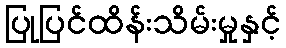
ပြုပြင်ထိန်းသိမ်းမှုနှင့်